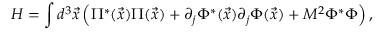
{ \cal H } = \int d ^ { 3 } { \vec { x } } \left( \Pi ^ { * } ( { \vec { x } } ) \Pi ( { \vec { x } } ) + \partial _ { j } \Phi ^ { * } ( { \vec { x } } ) \partial _ { j } \Phi ( { \vec { x } } ) + M ^ { 2 } \Phi ^ { * } \Phi \right) ,